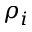
\rho _ { i }